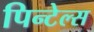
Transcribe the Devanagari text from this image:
पिन्टेल्स